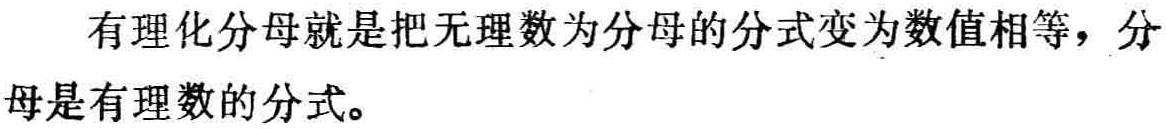
有理化分母就是把无理数为分母的分式变为数值相等，分母是有理数的分式。